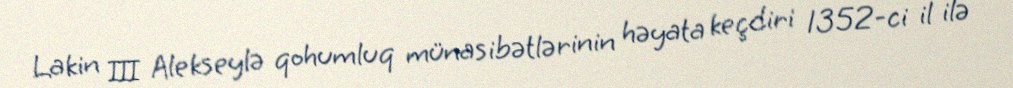
Lakin III Alekseylə qohumluq münasibətlərinin həyata keçdiri 1352-ci il ilə